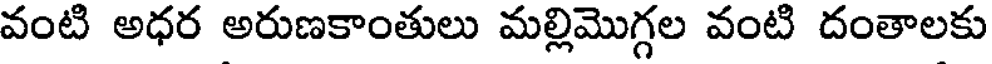
వంటి అధర అరుణకాంతులు మల్లిమొగ్గల వంటి దంతాలకు